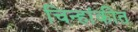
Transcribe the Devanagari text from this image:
चिन्हांकीत